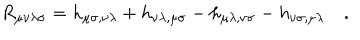
LaTeX: R _ { \mu \nu \lambda \sigma } = h _ { \mu \sigma , \nu \lambda } + h _ { \nu \lambda , \mu \sigma } - h _ { \mu \lambda , \nu \sigma } - h _ { \nu \sigma , \mu \lambda } \quad .